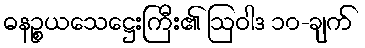
ဓနဉ္စယသေဋ္ဌေးကြီး၏ ဩဝါဒ ၁၀-ချက်